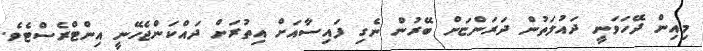
މިއިން ދޭހަވަނީ ދައުލަތުން ދަރަންޏަށް ބޭރުން ނެގި ފައިސާއަށް އިތުރަށް ދައްކަންޖެހޭނީ އިންޓްރެސްޓެވެ.